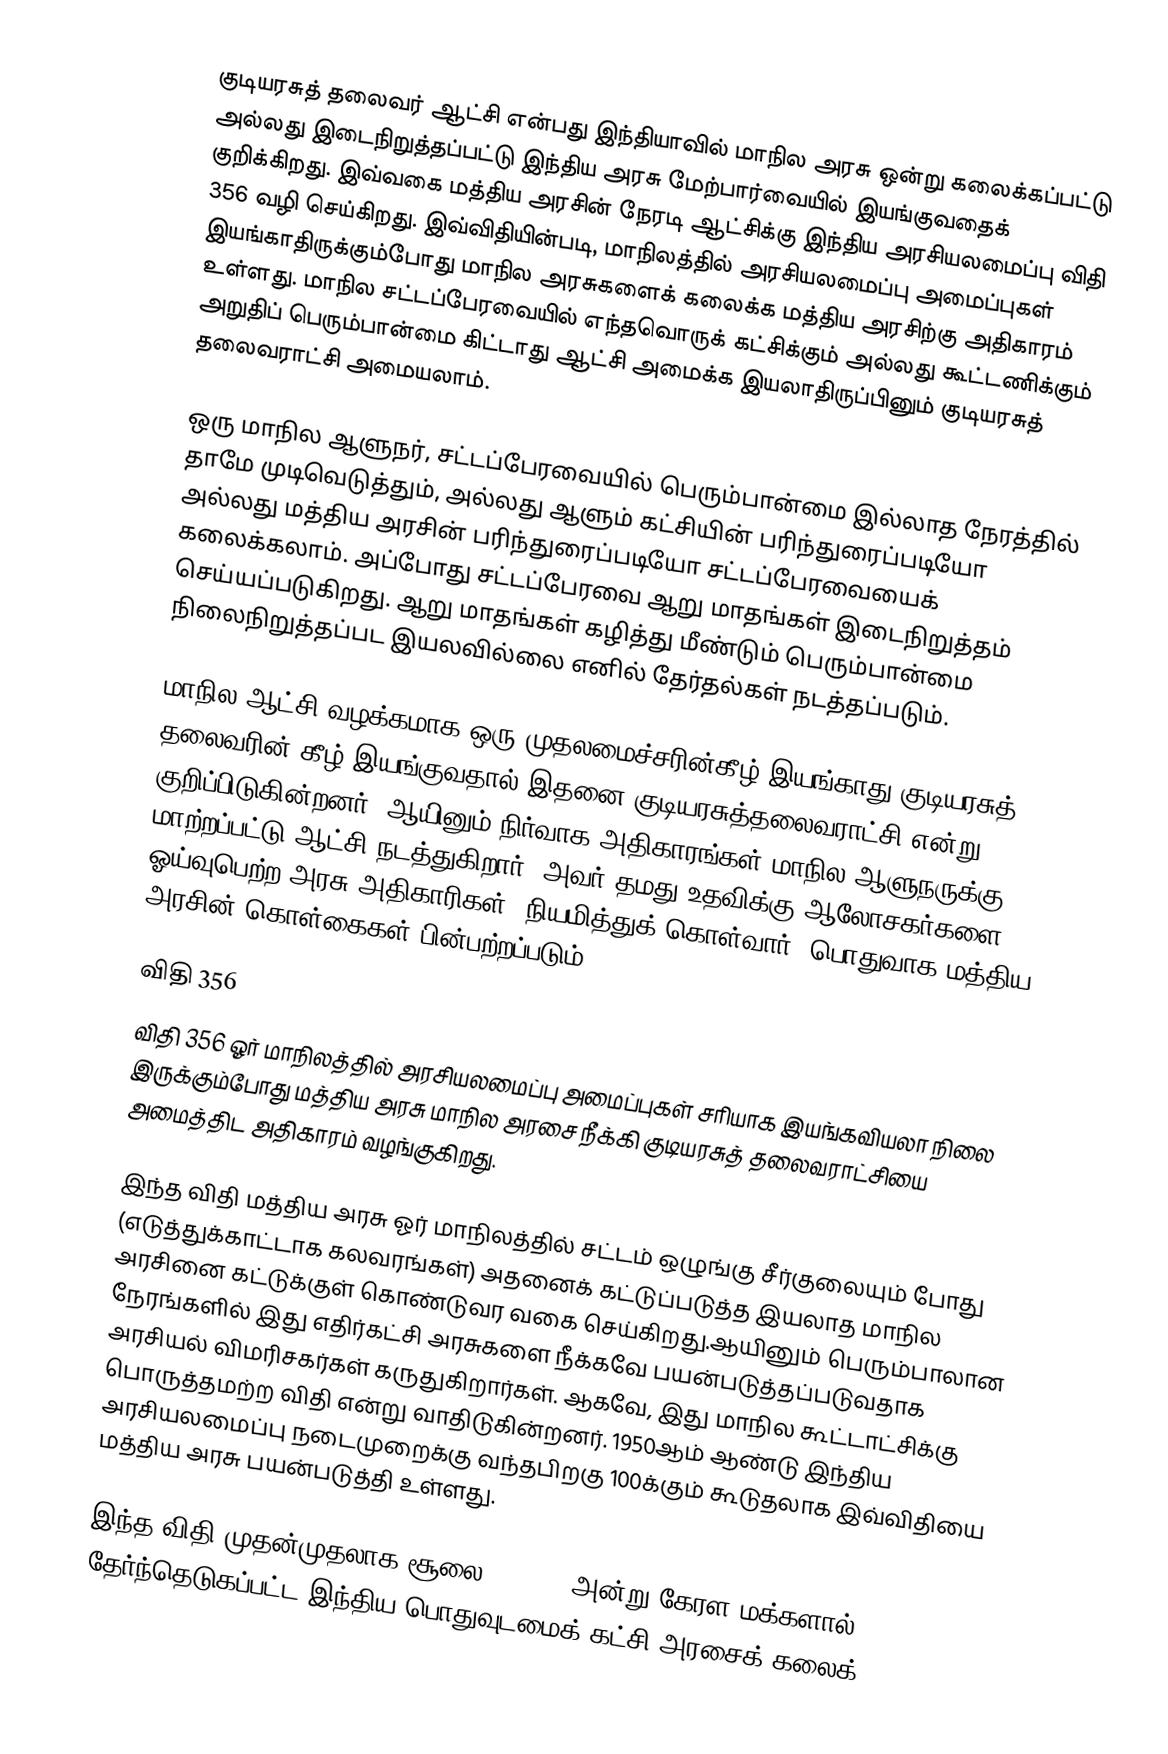
குடியரசுத் தலைவர் ஆட்சி என்பது இந்தியாவில் மாநில அரசு ஒன்று கலைக்கப்பட்டு அல்லது இடைநிறுத்தப்பட்டு இந்திய அரசு மேற்பார்வையில் இயங்குவதைக் குறிக்கிறது. இவ்வகை மத்திய அரசின் நேரடி ஆட்சிக்கு இந்திய அரசியலமைப்பு விதி 356 வழி செய்கிறது. இவ்விதியின்படி, மாநிலத்தில் அரசியலமைப்பு அமைப்புகள் இயங்காதிருக்கும்போது மாநில அரசுகளைக் கலைக்க மத்திய அரசிற்கு அதிகாரம் உள்ளது. மாநில சட்டப்பேரவையில் எந்தவொருக் கட்சிக்கும் அல்லது கூட்டணிக்கும் அறுதிப் பெரும்பான்மை கிட்டாது ஆட்சி அமைக்க இயலாதிருப்பினும் குடியரசுத் தலைவராட்சி அமையலாம்.

ஒரு மாநில ஆளுநர், சட்டப்பேரவையில் பெரும்பான்மை இல்லாத நேரத்தில் தாமே முடிவெடுத்தும், அல்லது ஆளும் கட்சியின் பரிந்துரைப்படியோ அல்லது மத்திய அரசின் பரிந்துரைப்படியோ சட்டப்பேரவையைக் கலைக்கலாம். அப்போது சட்டப்பேரவை ஆறு மாதங்கள் இடைநிறுத்தம் செய்யப்படுகிறது. ஆறு மாதங்கள் கழித்து மீண்டும் பெரும்பான்மை நிலைநிறுத்தப்பட இயலவில்லை எனில் தேர்தல்கள் நடத்தப்படும்.

மாநில ஆட்சி வழக்கமாக ஒரு முதலமைச்சரின்கீழ் இயங்காது குடியரசுத் தலைவரின் கீழ் இயங்குவதால் இதனை குடியரசுத்தலைவராட்சி என்று குறிப்பிடுகின்றனர். ஆயினும் நிர்வாக அதிகாரங்கள் மாநில ஆளுநருக்கு மாற்றப்பட்டு ஆட்சி நடத்துகிறார். அவர் தமது உதவிக்கு ஆலோசகர்களை, ஓய்வுபெற்ற அரசு அதிகாரிகள், நியமித்துக் கொள்வார். பொதுவாக மத்திய அரசின் கொள்கைகள் பின்பற்றப்படும்.

விதி 356
விதி 356 ஓர் மாநிலத்தில் அரசியலமைப்பு அமைப்புகள் சரியாக இயங்கவியலா நிலை இருக்கும்போது மத்திய அரசு மாநில அரசை நீக்கி குடியரசுத் தலைவராட்சியை அமைத்திட அதிகாரம் வழங்குகிறது.

இந்த விதி மத்திய அரசு ஓர் மாநிலத்தில் சட்டம் ஒழுங்கு சீர்குலையும் போது (எடுத்துக்காட்டாக கலவரங்கள்) அதனைக் கட்டுப்படுத்த இயலாத மாநில அரசினை கட்டுக்குள் கொண்டுவர  வகை செய்கிறது.ஆயினும் பெரும்பாலான நேரங்களில் இது எதிர்கட்சி அரசுகளை நீக்கவே பயன்படுத்தப்படுவதாக அரசியல் விமரிசகர்கள் கருதுகிறார்கள். ஆகவே, இது மாநில கூட்டாட்சிக்கு பொருத்தமற்ற விதி என்று வாதிடுகின்றனர். 1950ஆம் ஆண்டு இந்திய அரசியலமைப்பு நடைமுறைக்கு வந்தபிறகு 100க்கும் கூடுதலாக இவ்விதியை மத்திய அரசு பயன்படுத்தி உள்ளது.

இந்த விதி முதன்முதலாக சூலை 31,1959 அன்று கேரள மக்களால் தேர்ந்தெடுகப்பட்ட இந்திய பொதுவுடமைக் கட்சி அரசைக் கலைக்